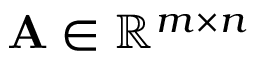
\mathbf { A } \in \mathbb { R } ^ { m \times n }